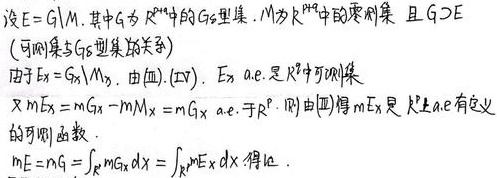
设\(E = G\setminus M\)，其中\(G\)为\(\mathbb{R}^n\)中的\(G_{\delta}\)型集，\(M\)为\(\mathbb{R}^n\)中的零测集，且\(G\supset E\)（可测集与\(G_{\delta}\)型集的关系）。

由于\(E_x = G_x\setminus M_x\)，由（iii），（iv），\(E_x\)几乎处处（a.e.）是\(\mathbb{R}^n\)可测集。

又\(mE_x = mG_x - mM_x = mG_x\)几乎处处（a.e.）于\(\mathbb{R}^p\)，则由（iii）得\(mE_x\)是\(\mathbb{R}^p\)上几乎处处（a.e.）有定义的可测函数。

\(mE = mG=\int_{\mathbb{R}^p}mG_xdx=\int_{\mathbb{R}^p}mE_xdx\)，得证。